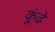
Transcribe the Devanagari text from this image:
कूंढे